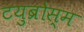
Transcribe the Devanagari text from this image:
टयुब्रोस्म